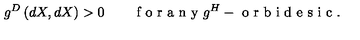
g ^ { D } \left( d X , d X \right) > 0 \qquad \textrm { f o r a n y } g ^ { H } - \textrm { o r b i d e s i c } .